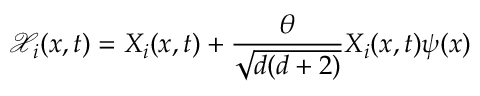
\mathcal { X } _ { i } ( x , t ) = X _ { i } ( x , t ) + \frac { \theta } { \sqrt { d ( d + 2 ) } } X _ { i } ( x , t ) \psi ( x )